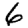
Digit: 6